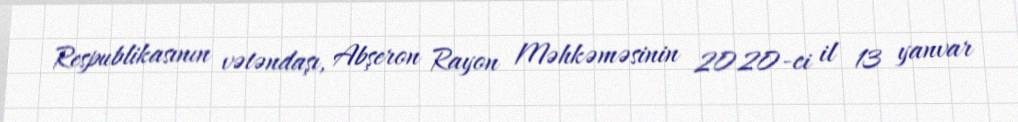
Respublikasının vətəndaşı, Abşeron Rayon Məhkəməsinin 2020-ci il 13 yanvar